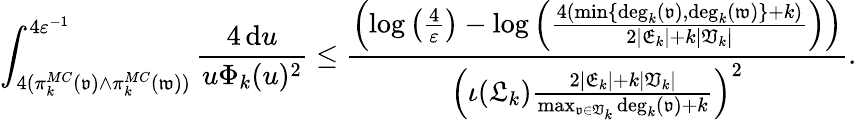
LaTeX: \int_{4(\pi_{k}^{MC}(\mathfrak{v})\wedge\pi_{k}^{MC}(\mathfrak{w}))}^{4\varepsilon^{-1}}\frac{4\, \mathrm{d}u}{u\Phi_{k}(u)^{2}}\leq\frac{\left(\log\left(\frac{4}{\varepsilon}\right)-\log\left(\frac{4(\operatorname*{min}\{ \mathrm{deg}_{k}(\mathfrak{v}),\mathrm{deg}_{k}(\mathfrak{w})\} +k)}{2|\mathfrak{E}_{k}|+k|\mathfrak{V}_{k}|}\right)\right)}{\left(\iota(\mathfrak{L}_{k})\frac{2|\mathfrak{E}_{k}|+k|\mathfrak{V}_{k}|}{\operatorname*{max}_{\mathfrak{v}\in\mathfrak{V}_{k}}\mathrm{deg}_{k}(\mathfrak{v})+k}\right)^{2}}.